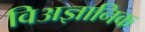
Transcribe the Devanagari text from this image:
विअज्ञानिक